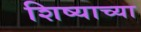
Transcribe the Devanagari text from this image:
शिष्याच्या